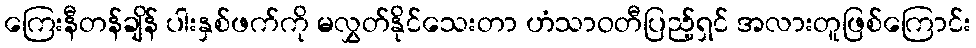
ကြေးနီတန်ချိန် ပါးနှစ်ဖက်ကို မလွှတ်နိုင်သေးတာ ဟံသာဝတီပြည့်ရှင် အလားတူဖြစ်ကြောင်း